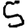
Digit: 5